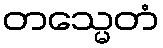
တသ္မေတံ